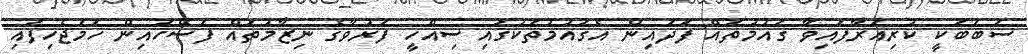
ސަބަބަކީ ކުރިއަރާފައިވާ ގައުމުތައް ފަދައިން އެގައުމުތަކުގައި ސިއްހީ ފަރުވާގެ ނިޒާމުތައް ފަސޭހައިން ހަމަޖެހިފައި